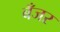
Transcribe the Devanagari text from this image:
बँजर